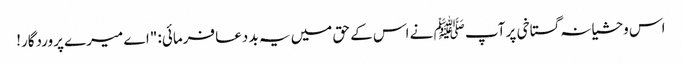
اس وحشیانہ گستاخی پر آپ ﷺ نے اس کے حق میں یہ بد دعا فرمائی: "اے میرے پروردگار!